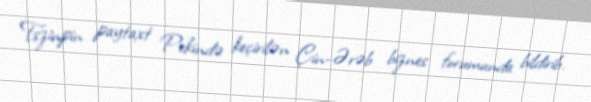
Tszinpin paytaxt Pekində keçirilən Çin-Ərəb biznes forumunda bildirib.